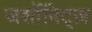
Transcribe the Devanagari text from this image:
जर्शोविट्ज़